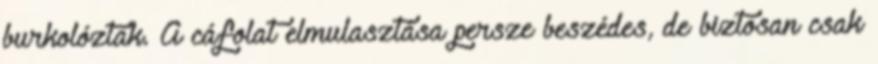
burkolóztak. A cáfolat elmulasztása persze beszédes, de biztosan csak